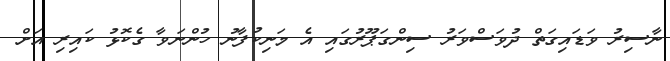
ނާސިރު ވަޑައިގަތް ދުވަސްވަރު ސިންގަޕޫރުގައި އެ މަނިކުފާނު ހުންނަވާ ގެކޮޅު ކައިރި އަށް